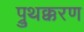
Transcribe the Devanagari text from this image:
प्रुथक्करण